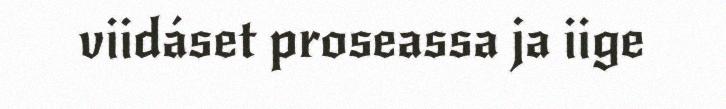
viidáset proseassa ja iige